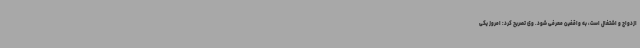
ازدواج و اشتغال است، به واقفین معرفی شود. وی تصریح کرد: امروز یکی